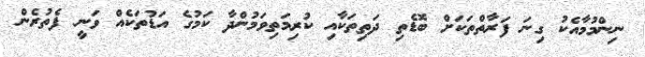
ނިންމުމާއެކު ގިނަ ފަރާތްތަކަށް ބޮޑެތި ދަތިތަކާއި ކުރިމަތިވަމުންދާ ކަމުގެ އަޑުތަކެއް ވަނީ ފެތުރެން